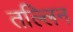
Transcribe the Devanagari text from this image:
तल्लिन